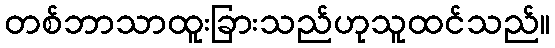
တစ်ဘာသာထူးခြားသည်ဟုသူထင်သည်။